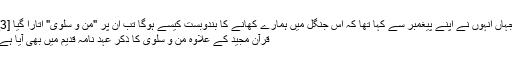
جہاں انہوں نے اپنے پیغمبر سے کہا تھا کہ اس جنگل میں ہمارے کھانے کا بندوبست کیسے ہوگا تب ان پر "من و سلوی" اتارا گیا [3]
قرآن مجید کے علاوہ من و سلویٰ کا ذکر عہد نامہ قدیم میں بھی آیا ہے۔